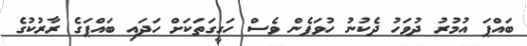
ބައްޕަ އުމުރު ދުވަހު ދެކުނު ހުވަފެން ވެސް ހަގީގަތަކަށް ހަދައި ބައްޕަގެ ރާރުކުގެ